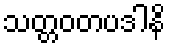
သတ္တဝတပဒါနိ